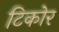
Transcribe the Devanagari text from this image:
टिकोर